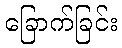
ခြောက်ခြင်း